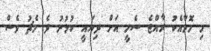
މި މޮޅާއެކު ރާއްޖެ ސެމީ އަށް ދިޔައީ ކުޅުނު ދެ މެޗު ވެސް